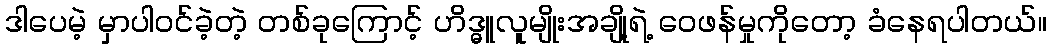
ဒါပေမဲ့ မှာပါဝင်ခဲ့တဲ့ တစ်ခုကြောင့် ဟိဒ္ဓူလူမျိုးအချို့ရဲ့ ဝေဖန်မှုကိုတော့ ခံနေရပါတယ်။